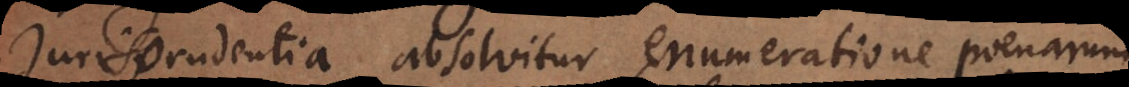
Jurisprudentia absolvitur enumeratione poenarum